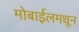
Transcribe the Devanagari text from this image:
मोबाईलमधून